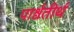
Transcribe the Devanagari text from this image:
पार्श्वतीर्थ